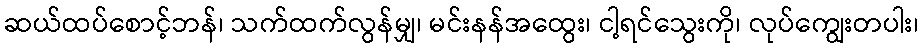
ဆယ်ထပ်စောင့်ဘန်၊ သက်ထက်လွန်မျှ၊ မင်းနန်အထွေး၊ ငါ့ရင်သွေးကို၊ လုပ်ကျွေးတပါး၊